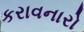
કરાવનારો